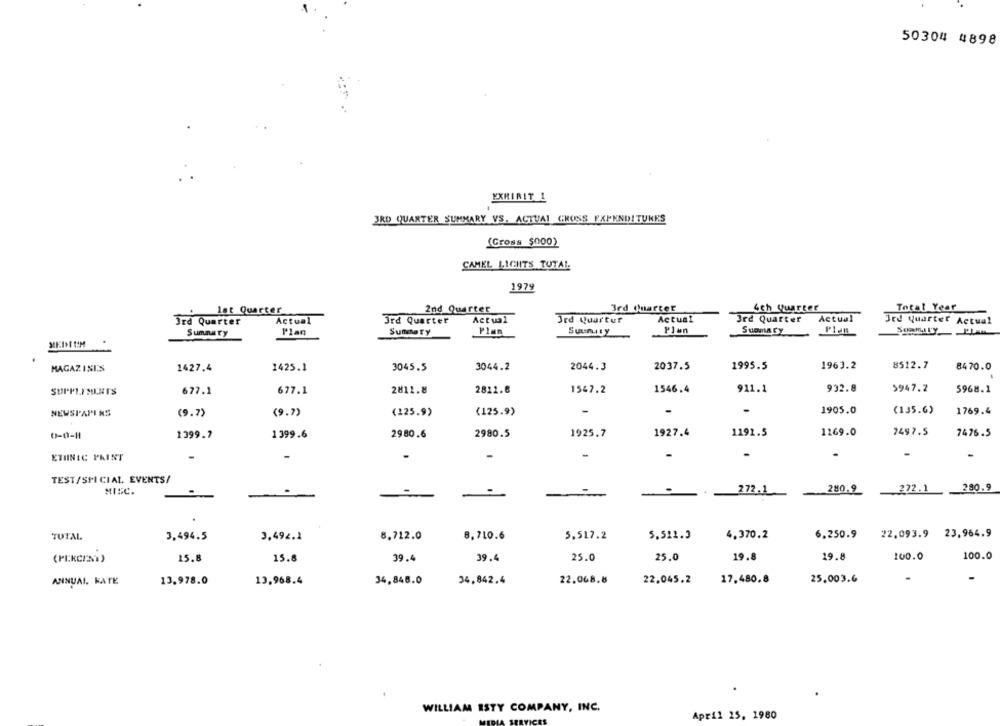
50304 4898
EXHIBIT 1
JRD QUARTER SUMMARY VS. ACTUAL CROSS EXPENDITURES
(Cross $000)
CAMEL LIGHTS TUTAL
1979
lat Quarter
2nd Quarter
3rd Quarter
4th Quarter
Total Year
Actual
Actual
3rd Quarter
Actual
3rd Quarter
Actual
3rd Quarter
3rd Quarter
Jed Quarter Actual
Summary
Plan
Summary
Plan
Suunity
MEDIUM
MAGAZINIS
1427.4
1425.1
3045.5
3044.2
2044.3
2037.5
1995.5
1963.2
8512.7
8470.0
SUPPLEMENT'S
677.1
677.1
2811.8
2822.8
1547.2
1546.4
911.1
932.8
5947.2
5968.1
NEWSPAPINS
(9.7)
(9.7)
(125.9)
(125.9)
1905.0
(135.6)
1769.4
0-0-1
1399.7
1399.6
2980.6
2980.5
1925.7
1927.4
1191.5
1169.0
7497.5
7476.5
ETHNIC PRINT
-
-
-
.
TEST/SPI CIAL. EVENTS/
280.9
MISC.
.
-
-
-
272.1
280.º
272.1
-
TUTAL
3,494.5
3,492.2
8.712.0
8,710.6
5.517.2
5.521.3
4,370.2
6.250.9
22,093.9 23,964.9
(PEKCAN%)
15.8
15.8
39.4
39.4
25.0
25.0
19.8
19.8
100.0
100.0
ANNUAL. KATE
13.978.0
13.968.4
34,848.0
34,842.4
22.068.8
22.045.2
25,003.6
17,480.8
WILLIAM ISTY COMPANY, INC.
April 15, 1980